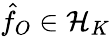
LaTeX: \hat{f}_{O}\in{{\cal{H}}_{K}}